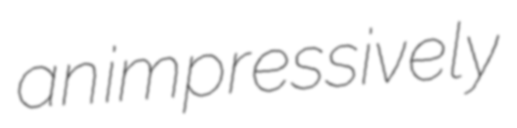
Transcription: an impressively